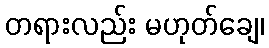
တရားလည်း မဟုတ်ချေ၊